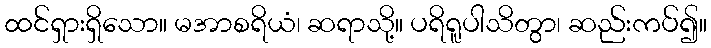
ထင်ရှားရှိသော။ မအာစရိယံ၊ ဆရာသို့။ ပရိရူပါသိတွာ၊ ဆည်းကပ်၍။